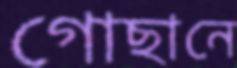
গোছানে